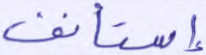
إستأنف